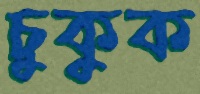
চুকুক